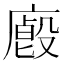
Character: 𢋁